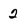
Character: 2